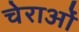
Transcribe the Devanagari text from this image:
चेराओं